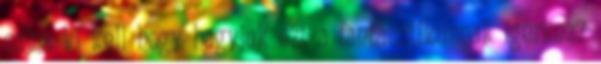
sajna ki kell hogy hagyjuk ezt a fantasztikusnak ígérkez?